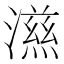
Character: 𭲵